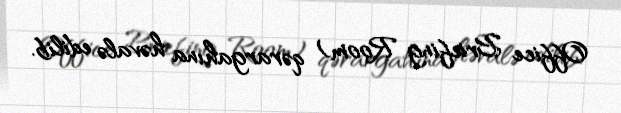
Office Briefing Room) qərargahına həvalə edilib.